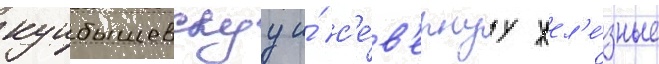
куибышевскуу и́ с'е́в'ернуу жел'е́зные